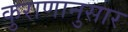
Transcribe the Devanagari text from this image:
कुराणानुसार